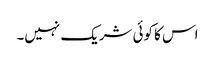
اس کا کوئی شریک نہیں۔